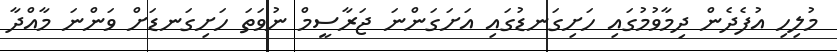
މުލިހި އުފެދެން ދިމާވުމުގައި ހަށިގަނޑުގައި އަށަގަންނަ ޖަރާސީމް ނުވަތަ ހަށިގަނޑަށް ވަންނަ މާއްދާ